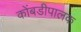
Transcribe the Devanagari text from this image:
कोंबडीपालक